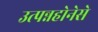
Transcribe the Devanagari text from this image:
उत्पन्नहोनेसे